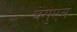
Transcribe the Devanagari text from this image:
चेगुएस